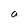
Character: a